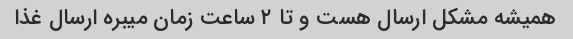
همیشه مشکل ارسال هست و تا ٢ ساعت زمان میبره ارسال غذا